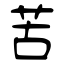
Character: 苦